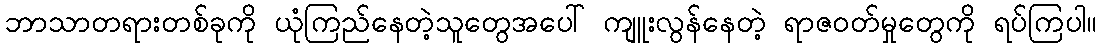
ဘာသာတရားတစ်ခုကို ယုံကြည်နေတဲ့သူတွေအပေါ် ကျူးလွန်နေတဲ့ ရာဇဝတ်မှုတွေကို ရပ်ကြပါ။